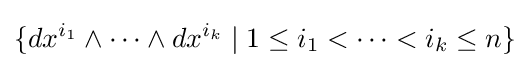
\{dx^{i_{1}}\wedge \cdots \wedge dx^{i_{k}}\mid 1\leq i_{1}<\cdots <i_{k}\leq n\}